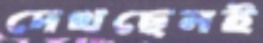
দেখছেনই